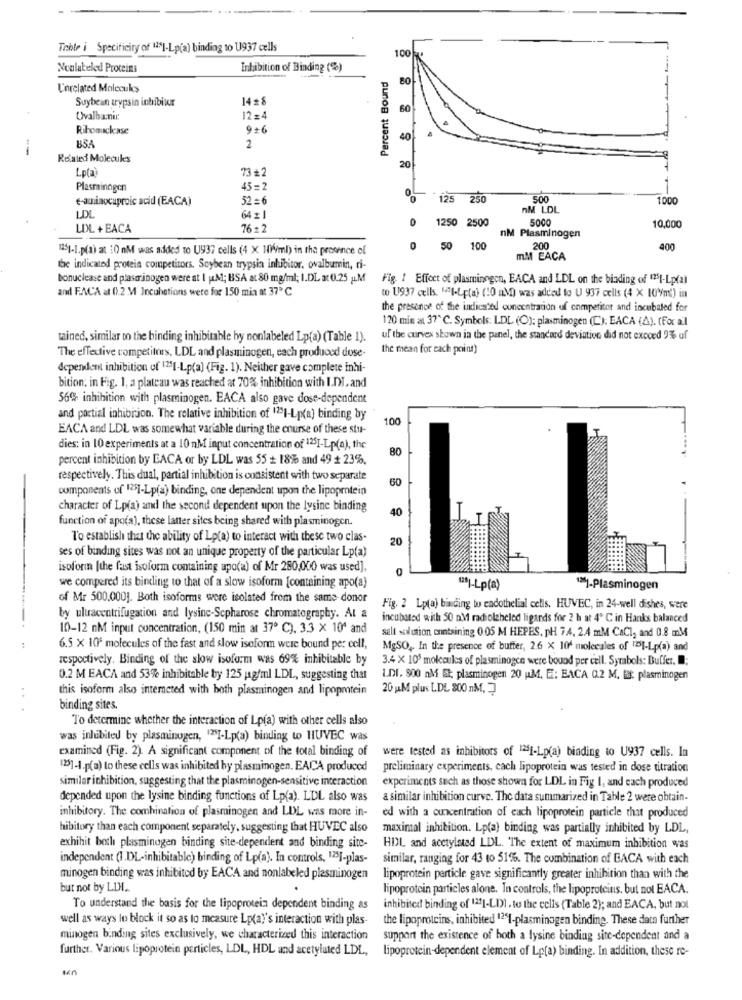
Triste i Specificity of 151-Lp(a) binding to U937 cells
100
Nonlabeled Proteins
Inhibition of Binding (%)
Percent Bound
Unrelated Molecules
Suybean trypsin inhibitor
1428
60
Ovalbannir.
12=4
Ribonuclase
9+6
854
40
--
2
Re'sted Molecules
Lp(a)
73 +2
20
Plasminngen
45=2
e-aminocaproic acid (EACA)
52=6
O
125 250
500
1000
nM LOL
LDL
64 = 1
5000
LOL +EACA
76 :2
1250 2500
nM Plasminogen
10,000
1251-1.p(a) at 10 nM was added to U937 cells (4 X Ml4ml) in the province of
0
50
100
200
400
mM EACA
the indicated protein competitors. Soybean trypsin inhibitor. ovalbumin, ri-
bonuclease and plaserinogen were at I uM; BSA at 80 mg/ml; I.DL at 0.25 LM
Fig. ! Effect of plasminegen, EACA and LDL on the binding of 1251-Lp(al
and F.ACA at ().2 M Incuhetions were for 150 min at 37 ℃
to U937 cells. "I-Lp(a) (10 aMD) was added to U 937 cells (4 X 10V/m2) in
the presence of the indicated concentration of competitor and incubated for
120 min at 37℃. Symbols: LDL (O): plasminogen (C): EACA (A). (For all
tained, similar to the binding inhibitable by nonlabeled Lp(a) (Table 1).
ul the curves shown in the panel, the standard deviation did not exceed 2% of
the mean for each point)
The effective competitors, LDL and plasminogen, each produod! duse-
dependent inhibition of 1251-Lp(a) (Fig. 1). Neither gave complete inhi-
bition: in Fig. 1, a plateau was reached at 70%% inhibition with I.DI, and
56% inhibition with plasminogen. EACA also gave dose-dependent
and partial inhibition. The relative inhibition of 1251-Lp(a) binding by
100
EACA and LDL was somewhat variable during the course of these stu-
dies: in 10 experiments at a 10 nM input concentration of 1251-Lp(a), the
80
percent inhibition by BACA or by LDL was 55 +: 18% and 49 # 23%.
respectively. This dual, partial inhibition is consistent with two separate
60
components of 125]-Lp(a) binding, one dependent upon the lipoprotein
character of Lp(a) and the second dependent upon the lysine binding
40
function of apo(a), these latter sites being shared with plasminogen.
To establish that the ability of Lp(a) to interact with these two clas-
20
ses of binding sites was not an unique property of the particular Lp(a)
isoform [the fast isoform containing apo(a) of Mr 280,000 was used],
0
we compered its binding to that of a slow isoform [containing apo(a)
12]-Lp(a)
1]-Plasminogen
of Mr 500,0001. Both isoforms were isolated from the same donor
Fig. 2 Lp(a) binding to endothelial cells. HUVEC, in 24-well dishes, were
by ultracentrifugation and lysine-Scpharose chromatography. At a
incubated with 50 n.M radiolabeled ligands for 2 h at 4º C in Hanks balanced
10-12 nM input concentration, (150 min at 37º C). 3.3 x 10' and
salt solution enntsining 0.05 M HEPES, pH 7.4. 2.4 mM CaCl, and 0.8 mM
:
6.5 X 10' molecules of the fast and slow iseform were bound per cell,
MgSO, In the presence of buffer, 2.6 x 104 molecales of "DI-Lp(a) and
respectively. Binding of the slow isoform was 69% inhibitable by
3.4 × 108 molecules of plasminogen were bound per cell. Syrabols: Buffer, ;
0.2 M EACA and 53% inhibitable by 125 |agfml LDL, suggesting that
L.DI. 900 nM El; plasminogen 20 u.M. E: EACA 0.2 M, tat plasminogen
this isoform also interneted with both plasminogen and lipoprotein
20 MM plus LDL 800 nM.
...
binding sites.
To determine whether the interaction of Lp(a) with other cells also
was inhabited by plasminogen, ""SI-Lp(a) binding to HUVEC was
examined (Fig. 2). A significant component of the total binding of
were tested as inhibitors of 1251-Lp(a) binding to U937 cells. In
[25]-1.p(a) to these cells was inhibited by plasminogen. EACA produced
preliminary experiments, cach lipoprotein was tested in dose titration
similar inhibition, suggesting that the plasminogen-sensitive interaction
experiments such as those shown for LDL in Fig 1, and each produced
depended upon the lysine binding functions of Lp(a). LDL also was
a similar inhibition curve. The data summarized in Table 2 were obtain-
inhibitory. The combination of plasminogen and LDL was more in-
ed with a concentration of each lipoprotein particle that produced
hibitory than each component separately, suggesting that HUVEC also
maximal inhibition. Lp(a) binding was partially inhibited by LDL,
exhihit both plasminogen binding site-dependent and binding site-
HDL and acetylated LDL. The extent of maximum inhibition was
independent (1.DL-inhibitable) binding of Lp(a). In controls, 125]-plas-
similar, ranging for 43 to 51%. The combination of BACA with each
minogen binding was inhibited by EACA and nonlabeled plasminogen
lipoprotein particle gave significantly greater inhibition than with the
but not by LINI ..
lipoprotein particles alone. In controls, the lipoproteins. but not EACA.
To understand the basis for the lipoprotein dependent binding as
inhibited binding of 1211-LDI. to the cells (Table 2); and EACA, but not
well as ways lo block it so as to measure Lp(a)'s interaction with plas-
the lipoproteins, inhibited 1251-plasminogen binding. These data further
minogen binding sites exclusively, we characterized this interaction
support the existence of both a lysine binding site-dependent and a
further. Various lipoprotein particles, LDL, HDL and acetylated LDL,
lipoprotein-dependent element of Lp(a) binding. In addition, these re-